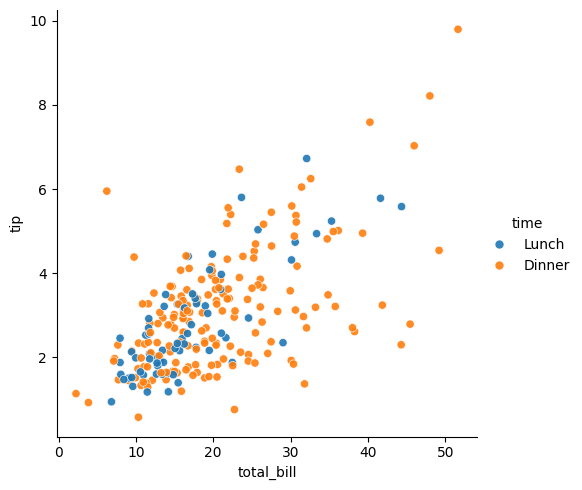
python, seaborn, relplot, alpha=0.9